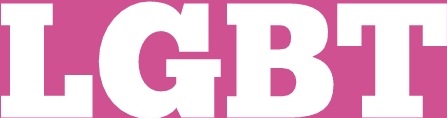
LGBT